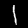
Label: 1